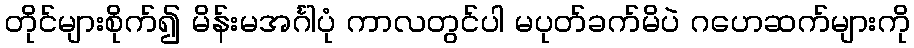
တိုင်များစိုက်၍ မိန်းမအင်္ဂါပုံ ကာလတွင်ပါ မပုတ်ခက်မိပဲ ဂဟေဆက်များကို